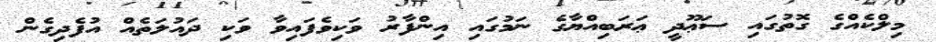
މިލްކެއްގެ ގޮތުގައި ސަޢޫދީ ޢަރަބިއްޔާގެ ނަމުގައި އިންފާރު ވަކިވެފައިވާ ވަކި ދައުލަތެއް އުފެދިގެން